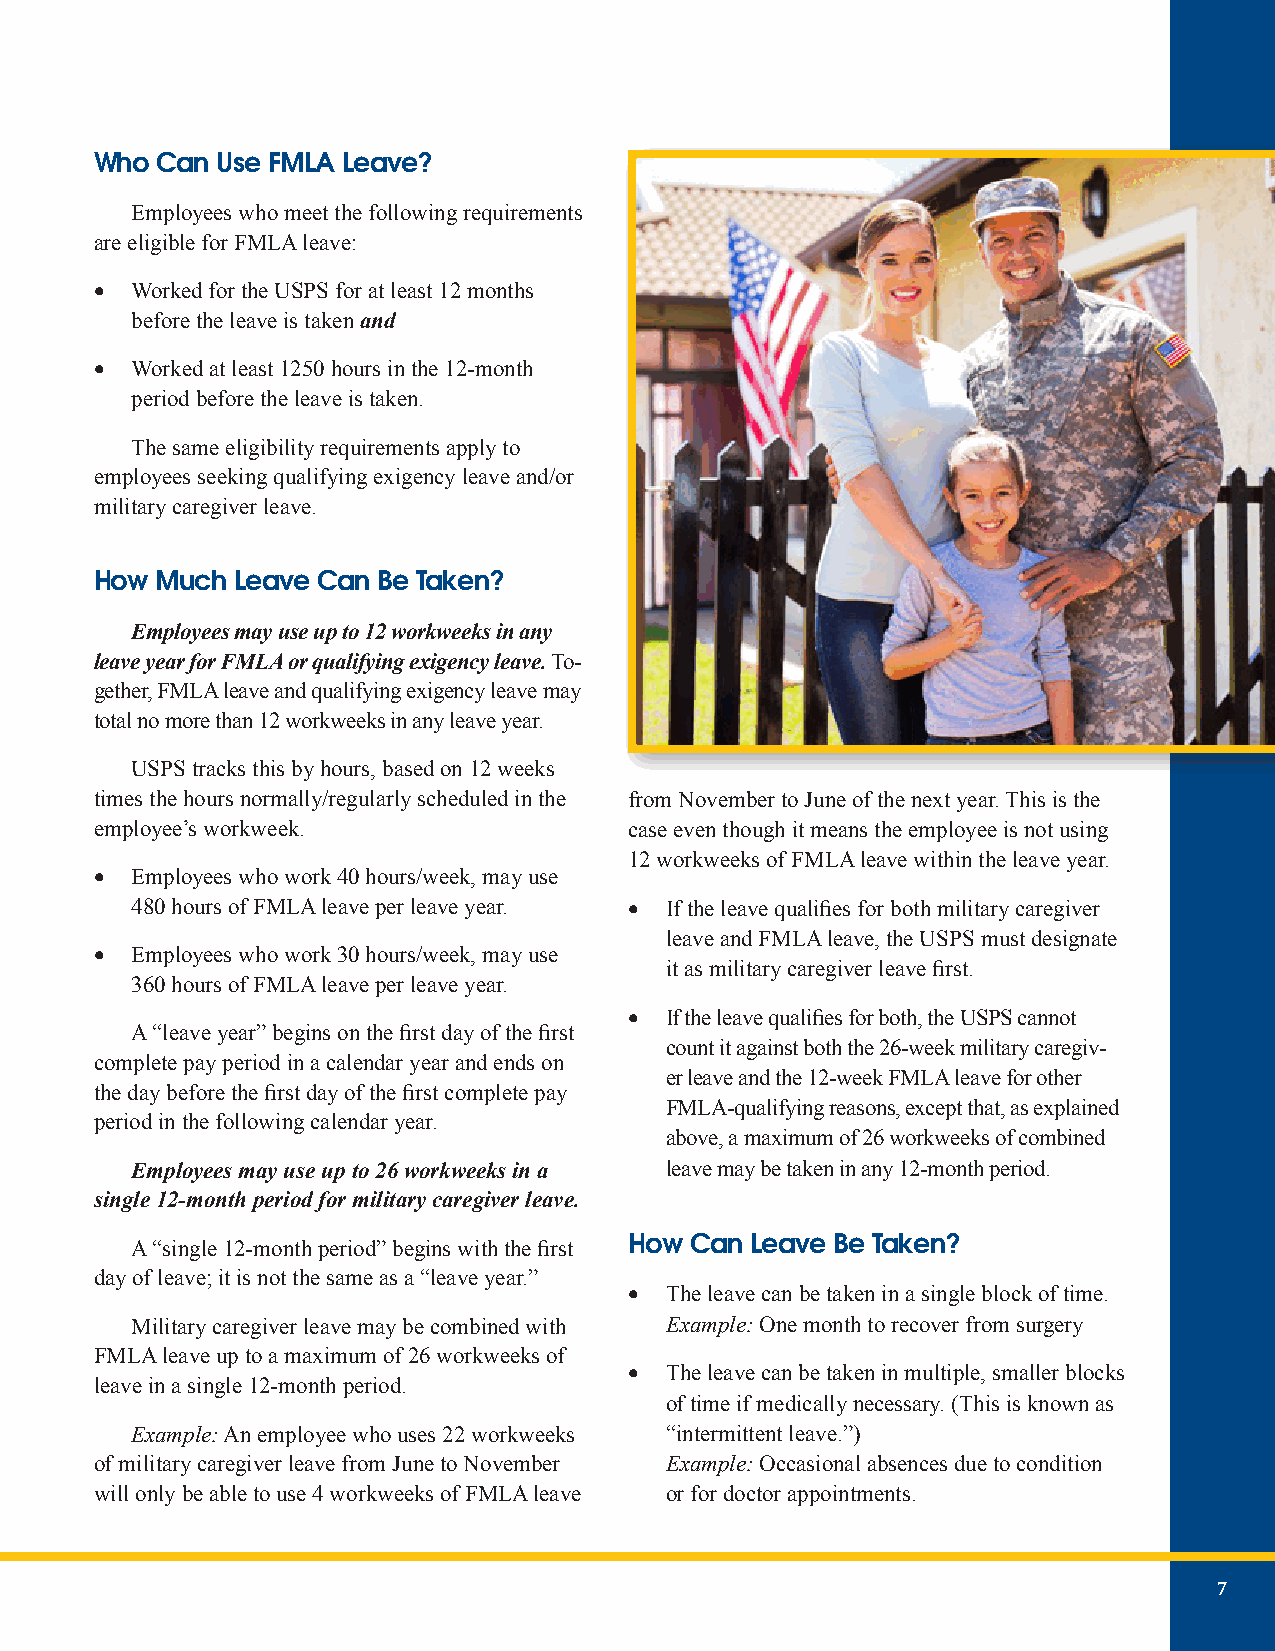
Who Can Use FMLA Leave?
 Employees who meet the following requirements
 are eligible for FMLA leave:
 •  Worked for the USPS for at least 12 months
 before the leave is taken and
 •  Worked at least 1250 hours in the 12-month
 period before the leave is taken.
 The same eligibility requirements apply to
 employees seeking qualifying exigency leave and/or
 military caregiver leave.
 How Much  Leave Can Be Taken?
 Employees may use up to 12 workweeks in any
 leave year for FMLA or qualifying exigency leave. To-
 gether, FMLA leave and qualifying exigency leave may
 total no more than 12 workweeks in any leave year.
 USPS tracks this by hours, based on 12 weeks
 times the hours normally/regularly scheduled in the from November to June of the next year. This is the
 employee’s workweek.                case even though it means the employee is not using
 12 workweeks of FMLA leave within the leave year.
 •  Employees who work 40 hours/week, may use
 480 hours of FMLA leave per leave year. • If the leave qualifies for both military caregiver
 leave and FMLA leave, the USPS must designate
 •  Employees who work 30 hours/week, may use
 it as military caregiver leave first.
 360 hours of FMLA leave per leave year.
 • If the leave qualifies for both, the USPS cannot
 A “leave year” begins on the first day of the first
 count it against both the 26-week military caregiv-
 complete pay period in a calendar year and ends on
 er leave and the 12-week FMLA leave for other
 the day before the first day of the first complete pay
 FMLA-qualifying reasons, except that, as explained
 period in the following calendar year.
 above, a maximum of 26 workweeks of combined
 Employees may use up to 26 workweeks in a leave may be taken in any 12-month period.
 single 12-month period for military caregiver leave.
 A “single 12-month period” begins with the first How Can Leave Be Taken?
 day of leave; it is not the same as a “leave year.”
 • The leave can be taken in a single block of time.
 Military caregiver leave may be combined with Example: One month to recover from surgery
 FMLA leave up to a maximum of 26 workweeks of
 • The leave can be taken in multiple, smaller blocks
 leave in a single 12-month period.
 of time if medically necessary. (This is known as
 Example: An employee who uses 22 workweeks “intermittent leave.”)
 of military caregiver leave from June to November Example: Occasional absences due to condition
 will only be able to use 4 workweeks of FMLA leave or for doctor appointments.
 7